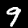
Digit: 9